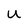
Character: U